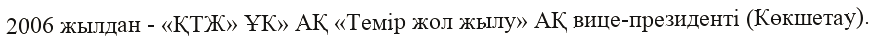
2006 жылдан - «ҚТЖ» ҰК» АҚ «Темір жол жылу» АҚ вице-президенті (Көкшетау).